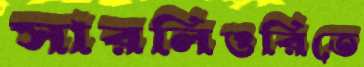
সারলিওরিতে